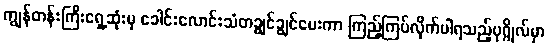
ကျွန်တန်းကြီးရှေ့ဆုံးမှ ခေါင်းလောင်းသံတချွင်ချွင်ပေးကာ ကြည့်ကြပ်လိုက်ပါရသည့်ပုဂ္ဂိုလ်မှာ